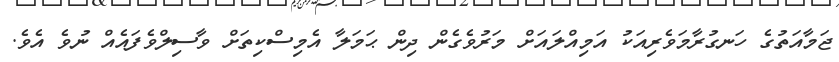
ޖަމާއަތުގެ ހަނގުރާމަވެރިއަކު އަމިއްލައަށް މަރުވެގެން ދިން ޙަމަލާ އެމިސްކިތަށް ވާސިލްވެފައެއް ނުވެ އެވެ.